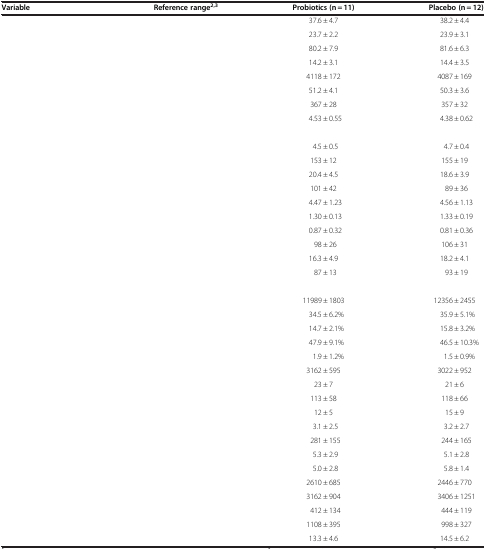
<table><thead><tr><td><b>Variable</b></td><td><b>Reference range<sup>2,3</sup></b></td><td><b>Probiotics (n = 11)</b></td><td><b>Placebo (n = 12)</b></td></tr></thead><tbody><tr><td>[EMPTY_CELL]</td><td>[EMPTY_CELL]</td><td>37.6 ± 4.7</td><td>38.2 ± 4.4</td></tr><tr><td>[EMPTY_CELL]</td><td>[EMPTY_CELL]</td><td>23.7 ± 2.2</td><td>23.9 ± 3.1</td></tr><tr><td>[EMPTY_CELL]</td><td>[EMPTY_CELL]</td><td>80.2 ± 7.9</td><td>81.6 ± 6.3</td></tr><tr><td>[EMPTY_CELL]</td><td>[EMPTY_CELL]</td><td>14.2 ± 3.1</td><td>14.4 ± 3.5</td></tr><tr><td>[EMPTY_CELL]</td><td>[EMPTY_CELL]</td><td>4118 ± 172</td><td>4087 ± 169</td></tr><tr><td>[EMPTY_CELL]</td><td>[EMPTY_CELL]</td><td>51.2 ± 4.1</td><td>50.3 ± 3.6</td></tr><tr><td>[EMPTY_CELL]</td><td>[EMPTY_CELL]</td><td>367 ± 28</td><td>357 ± 32</td></tr><tr><td>[EMPTY_CELL]</td><td>[EMPTY_CELL]</td><td>4.53 ± 0.55</td><td>4.38 ± 0.62</td></tr><tr><td colspan="4">[EMPTY_CELL]</td></tr><tr><td>[EMPTY_CELL]</td><td>[EMPTY_CELL]</td><td>4.5 ± 0.5</td><td>4.7 ± 0.4</td></tr><tr><td>[EMPTY_CELL]</td><td>[EMPTY_CELL]</td><td>153 ± 12</td><td>155 ± 19</td></tr><tr><td>[EMPTY_CELL]</td><td>[EMPTY_CELL]</td><td>20.4 ± 4.5</td><td>18.6 ± 3.9</td></tr><tr><td>[EMPTY_CELL]</td><td>[EMPTY_CELL]</td><td>101 ± 42</td><td>89 ± 36</td></tr><tr><td>[EMPTY_CELL]</td><td>[EMPTY_CELL]</td><td>4.47 ± 1.23</td><td>4.56 ± 1.13</td></tr><tr><td>[EMPTY_CELL]</td><td>[EMPTY_CELL]</td><td>1.30 ± 0.13</td><td>1.33 ± 0.19</td></tr><tr><td>[EMPTY_CELL]</td><td>[EMPTY_CELL]</td><td>0.87 ± 0.32</td><td>0.81 ± 0.36</td></tr><tr><td>[EMPTY_CELL]</td><td>[EMPTY_CELL]</td><td>98 ± 26</td><td>106 ± 31</td></tr><tr><td>[EMPTY_CELL]</td><td>[EMPTY_CELL]</td><td>16.3 ± 4.9</td><td>18.2 ± 4.1</td></tr><tr><td>[EMPTY_CELL]</td><td>[EMPTY_CELL]</td><td>87 ± 13</td><td>93 ± 19</td></tr><tr><td colspan="4">[EMPTY_CELL]</td></tr><tr><td>[EMPTY_CELL]</td><td>[EMPTY_CELL]</td><td>11989 ± 1803</td><td>12356 ± 2455</td></tr><tr><td>[EMPTY_CELL]</td><td>[EMPTY_CELL]</td><td>34.5 ± 6.2%</td><td>35.9 ± 5.1%</td></tr><tr><td>[EMPTY_CELL]</td><td>[EMPTY_CELL]</td><td>14.7 ± 2.1%</td><td>15.8 ± 3.2%</td></tr><tr><td>[EMPTY_CELL]</td><td>[EMPTY_CELL]</td><td>47.9 ± 9.1%</td><td>46.5 ± 10.3%</td></tr><tr><td>[EMPTY_CELL]</td><td>[EMPTY_CELL]</td><td>1.9 ± 1.2%</td><td>1.5 ± 0.9%</td></tr><tr><td>[EMPTY_CELL]</td><td>[EMPTY_CELL]</td><td>3162 ± 595</td><td>3022 ± 952</td></tr><tr><td>[EMPTY_CELL]</td><td>[EMPTY_CELL]</td><td>23 ± 7</td><td>21 ± 6</td></tr><tr><td>[EMPTY_CELL]</td><td>[EMPTY_CELL]</td><td>113 ± 58</td><td>118 ± 66</td></tr><tr><td>[EMPTY_CELL]</td><td>[EMPTY_CELL]</td><td>12 ± 5</td><td>15 ± 9</td></tr><tr><td>[EMPTY_CELL]</td><td>[EMPTY_CELL]</td><td>3.1 ± 2.5</td><td>3.2 ± 2.7</td></tr><tr><td>[EMPTY_CELL]</td><td>[EMPTY_CELL]</td><td>281 ± 155</td><td>244 ± 165</td></tr><tr><td>[EMPTY_CELL]</td><td>[EMPTY_CELL]</td><td>5.3 ± 2.9</td><td>5.1 ± 2.8</td></tr><tr><td>[EMPTY_CELL]</td><td>[EMPTY_CELL]</td><td>5.0 ± 2.8</td><td>5.8 ± 1.4</td></tr><tr><td>[EMPTY_CELL]</td><td>[EMPTY_CELL]</td><td>2610 ± 685</td><td>2446 ± 770</td></tr><tr><td>[EMPTY_CELL]</td><td>[EMPTY_CELL]</td><td>3162 ± 904</td><td>3406 ± 1251</td></tr><tr><td>[EMPTY_CELL]</td><td>[EMPTY_CELL]</td><td>412 ± 134</td><td>444 ± 119</td></tr><tr><td>[EMPTY_CELL]</td><td>[EMPTY_CELL]</td><td>1108 ± 395</td><td>998 ± 327</td></tr><tr><td>[EMPTY_CELL]</td><td>[EMPTY_CELL]</td><td>13.3 ± 4.6</td><td>14.5 ± 6.2</td></tr></tbody></table>